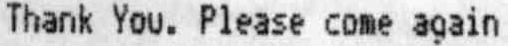
THANK YOU. PLEASE COME AGAIN